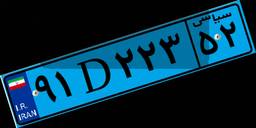
۳۸D۲۸۵۶۹